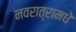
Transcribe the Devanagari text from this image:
नवरात्रामधे